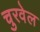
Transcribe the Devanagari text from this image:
चुरवेल